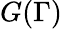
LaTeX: G(\Gamma)